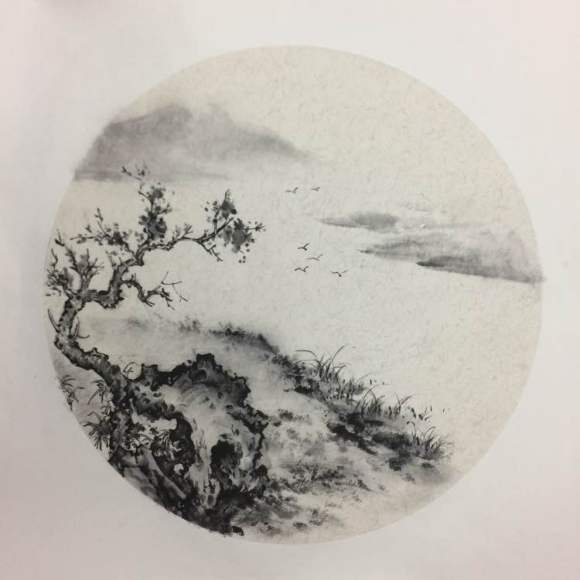
落叶聚还散，寒鸦栖复惊。